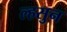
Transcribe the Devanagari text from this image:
ल्हसुन